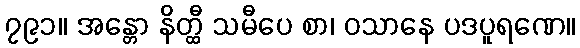
၇၉၁။ အန္တော နိတ္ထီ သမီပေ စာ၊ ဝသာနေ ပဒပူရဏေ။